Burma Government Medical School reports 1923-41
Year: 1923
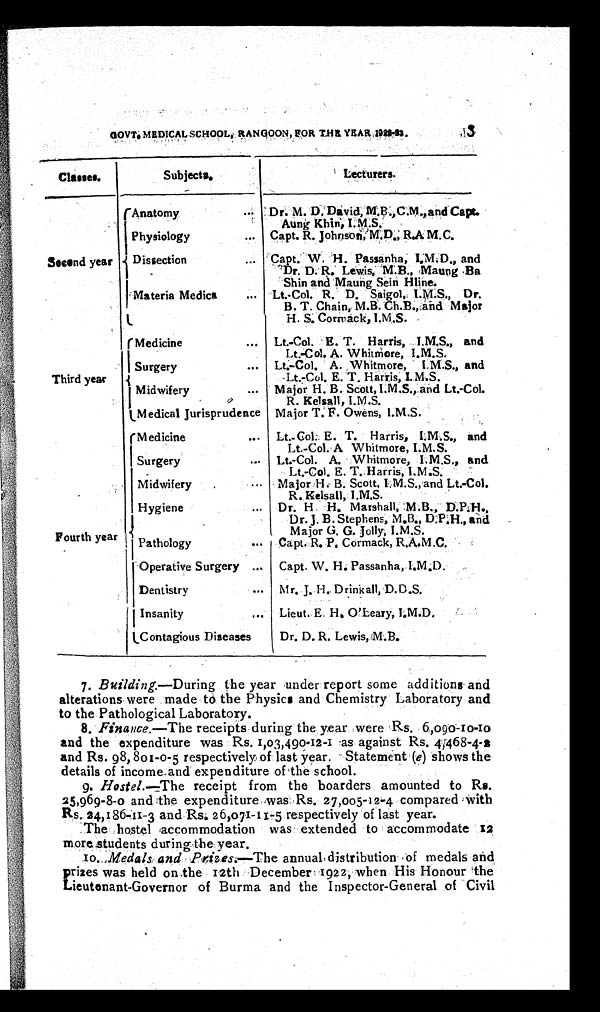
3
GOVT. MEDICAL SCHOOL, RANGOON, FOR THE YEAR 1922-23.
Classes.
Subjects.
Lecturers.
Second year
Anatomy . . .
Dr. M. D. David, M.B.,C.M.,and Capt.
Aung Khin, I.M.S.
Physiology . . . Capt. R. Johnson, M.D., R.A M.C.
Dissection . . . Capt. W. H. Passanha, I.M.D., and
Dr. D. R. Lewis, 'M.B., 'Maung Ba
Shin and Maung Sein Hline.
Materia Medic
a . . . Lt.-Col. R. D. Saigol, I.M.S., Dr.
B. T. Chain, M.B. Ch.B.,and Major
H. S. Cormack, I.M.S.
Third year
Medicine . . .
Lt.-Col. E. T. Harris, I.M.S., and
Lt.-Col. A. Whitmore, I.M.S.
Surgery
. . . Lt.-Col. A. Whitmore, I.M.S., and
Lt.-Col. E. T. Harris, I. M.S.
Midwifery . . .
Major H. B. Scott, I.M.S., and Lt.-Col.
R. Kelsall, I.M.S.
Medical Jurisprudence Major T. F. Owens, I.M.S.
Fourth year
Medicine . . .
Lt.-Col. E. T. Harris, I.M.S., and
Lt.-Col. A Whitmore, I.M.S.
Surgery . . . Lt.-Col. A. Whitmore, I.M.S., and
Lt.-Col. E. T. Harris, I.M.S.
Midwifery . . .
Major H. B. Scott, I.M.S., and Lt.-Col.
R. Kelsall, I.M.S.
Hygiene . . .
Dr. H. H. Marshall, M.B., D.P.H.,
Dr. J. B. Stephens, M.B., D.P.H., and
Major G. G. Jolly, I.M.S.
Pathology . . . Capt. R. P . Cormack, R.A.M.C.
Operative Surgery . . . Capt. W. H. Passanha, I.M.D.
Dentistry . . . Mr. J. H. Drinkall, D.D.S.
Insanity . . . Lieut. E. H. O'Leary, I.M.D.
Contagious Diseases
Dr. D. R. Lewis, M.B.
7 .
B u i l d i n g . —
D u r i n g
t h e y e a r u n d e r r e p o r t s o m e a d d i t i o n s a n d
alterations were made to the Physics and Chemistry Laboratory and
to the Pathological Laboratory.
8 .
F i n a n c e . —
T h e
r e c e i p t s d u r i n g t h e y e a r w e r e R s . 6 , 0 9 0 - 1 0 - 1 0
and the expenditure was Rs. 1,03,490-12-1 as against Rs. 4,468-4-2
and Rs. 98,801-0-5 respectively of last year. Statement (e) shows the
details of income and expenditure of the school.
9 .
H o s t e l . —
T h e
r e c e i p t f r o m t h e b o a r d e r s a m o u n t e d t o R s .
25,969-8-0 and the expenditure was Rs. 27,005-12-4 compared with
R s . 2 4 , 1 8 6 - 1 1 - 3 a n d R s . 2 6 , 0 7 1 - 1 1 - 5 r e s p e c t i v e l y o f l a s t y e a r .
The hostel accommodation was extended to accommodate 12
more students during the year.
10. Medals and Prizes.—The annual distribution of medals and
prizes was held on the 12th December 1922, when His Honour the
Lieutenant-Governor of Burma and the Inspector-General of Civil